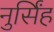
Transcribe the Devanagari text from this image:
नुर्सिंह